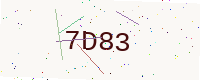
Text: 7D83